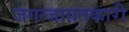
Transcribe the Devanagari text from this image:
जगत्जाग्रतकारी